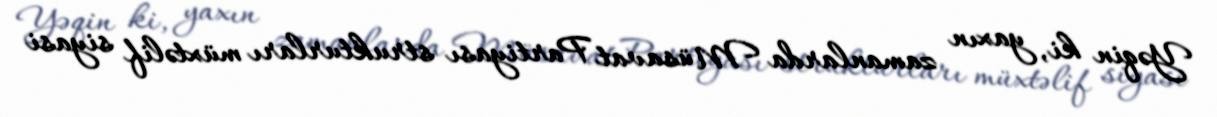
Yəqin ki, yaxın zamanlarda Müsavat Partiyası strukturları müxtəlif siyasi